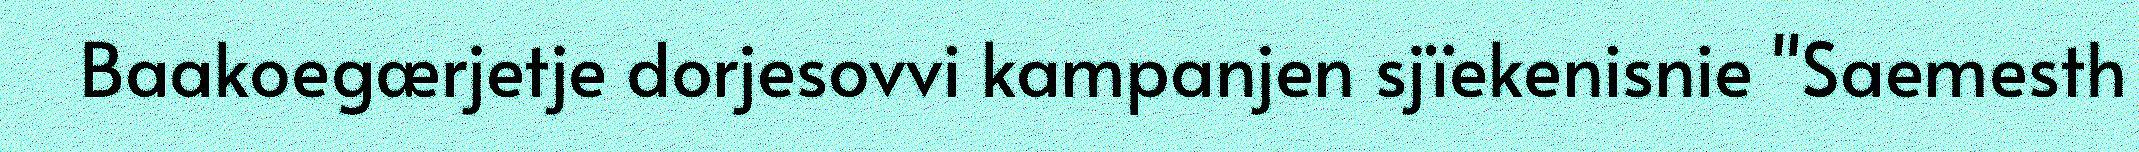
Baakoegærjetje dorjesovvi kampanjen sjïekenisnie "Saemesth